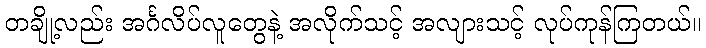
တချို့လည်း အင်္ဂလိပ်လူတွေနဲ့ အလိုက်သင့် အလျားသင့် လုပ်ကုန်ကြတယ်။